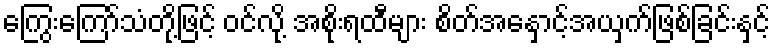
ကြွေးကြော်သံတို့ဖြင့် ဝင်လို့ အစိုးရထီများ စိတ်အနှောင့်အယှက်ဖြစ်ခြင်းနှင့်